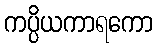
ကပ္ပိယကာရကော